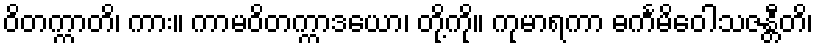
ဝိတက္ကာတိ၊ ကား။ ကာမဝိတက္ကာဒယော၊ တို့ကို။ ကုမာရကာ ဓင်္ကမိဝေါသဇန္တီတိ၊